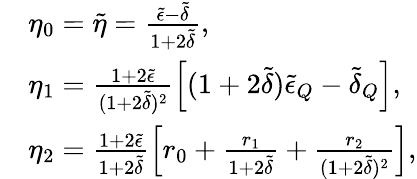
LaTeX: \begin{array}{rl}&{\eta_{0}=\tilde{\eta}=\frac{\tilde{\epsilon}-\tilde{\delta}}{1+2\tilde{\delta}},}\\ &{\eta_{1}=\frac{1+2\tilde{\epsilon}}{(1+2\tilde{\delta})^{2}}\left[(1+2\tilde{\delta})\tilde{\epsilon}_{Q}-\tilde{\delta}_{Q}\right],}\\ &{\eta_{2}=\frac{1+2\tilde{\epsilon}}{1+2\tilde{\delta}}\left[r_{0}+\frac{r_{1}}{1+2\tilde{\delta}}+\frac{r_{2}}{(1+2\tilde{\delta})^{2}}\right],}\end{array}